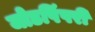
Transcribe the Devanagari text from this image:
जोडपिंपरी